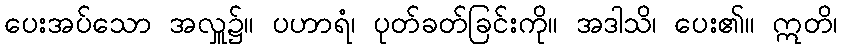
ပေးအပ်သော အလှူ၌။ ပဟာရံ၊ ပုတ်ခတ်ခြင်းကို။ အဒါသိ၊ ပေး၏။ ဣတိ၊